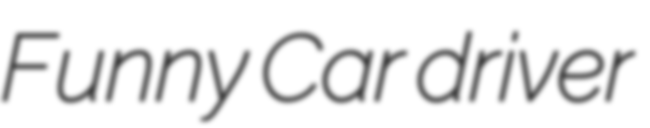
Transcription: Funny Car driver